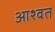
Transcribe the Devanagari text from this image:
आश्वत